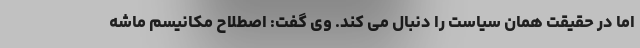
اما در حقیقت همان سیاست را دنبال می کند. وی گفت: اصطلاح مکانیسم ماشه